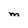
Character: M